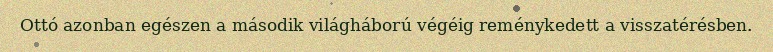
Ottó azonban egészen a második világháború végéig reménykedett a visszatérésben.